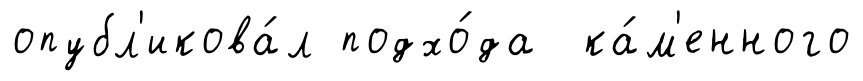
опубл'икова́л подхо́да ка́м'енного